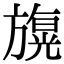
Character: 𣄙